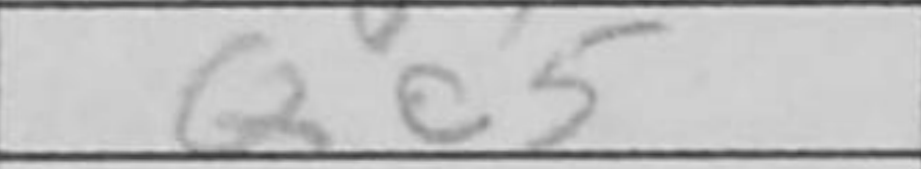
Transcription: Qc5